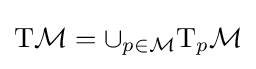
\mathrm {T} {\mathcal {M}}=\cup _{p\in {\mathcal {M}}}\mathrm {T} _{p}{\mathcal {M}}